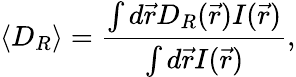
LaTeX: \langle D_{R}\rangle=\frac{\int d\vec{r}D_{R}(\vec{r})I(\vec{r})}{\int d\vec{r}I(\vec{r})},